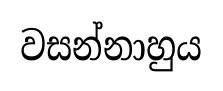
වසන්නාහුය